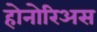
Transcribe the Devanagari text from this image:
होनोरिअस